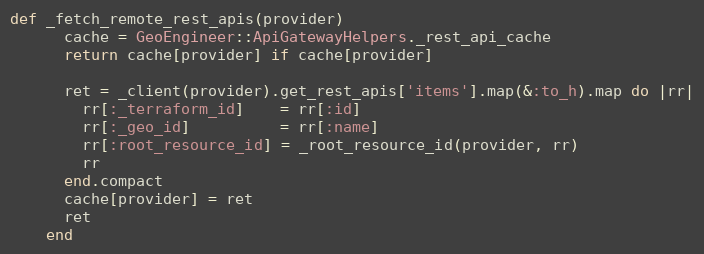
Language: Ruby
def _fetch_remote_rest_apis(provider)
      cache = GeoEngineer::ApiGatewayHelpers._rest_api_cache
      return cache[provider] if cache[provider]

      ret = _client(provider).get_rest_apis['items'].map(&:to_h).map do |rr|
        rr[:_terraform_id]    = rr[:id]
        rr[:_geo_id]          = rr[:name]
        rr[:root_resource_id] = _root_resource_id(provider, rr)
        rr
      end.compact
      cache[provider] = ret
      ret
    end